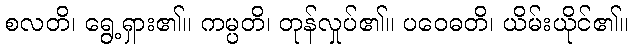
စလတိ၊ ရွေ့ရှား၏။ ကမ္ပတိ၊ တုန်လှုပ်၏။ ပဝေဓတိ၊ ယိမ်းယိုင်၏။